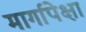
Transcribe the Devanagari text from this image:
मार्गापेक्षा